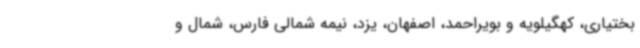
بختیاری، کهگیلویه و بویراحمد، اصفهان، یزد، نیمه شمالی فارس، شمال و